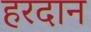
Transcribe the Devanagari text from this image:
हरदान